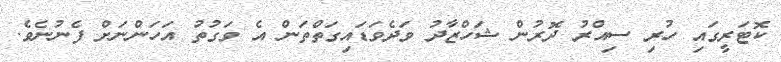
ކޮޓަރީގައި ހުރި ސިއްރު ދޮރުން ޝަހްޒާދު ވަދެވަޑައިގަތްތަން އެ ވަގުތު އަހަންނަށް ފެނުނެވެ.